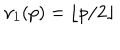
LaTeX: \nu _ { 1 } ( p ) = \lfloor p / 2 \rfloor